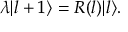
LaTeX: \lambda | l + 1 \rangle = R ( l ) | l \rangle .